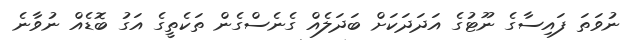
ނުވަތަ ފައިސާގެ ނޫޓުގެ އަދަދަކަށް ބަދަލެއް ގެނެސްގެން ތަކެތީގެ އަގު ބޮޑެއް ނުވާނެ